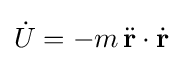
{\dot {U}}=-m\,{\ddot {\mathbf {r} }}\cdot {\dot {\mathbf {r} }}